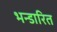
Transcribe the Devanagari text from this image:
भन्‍डारित